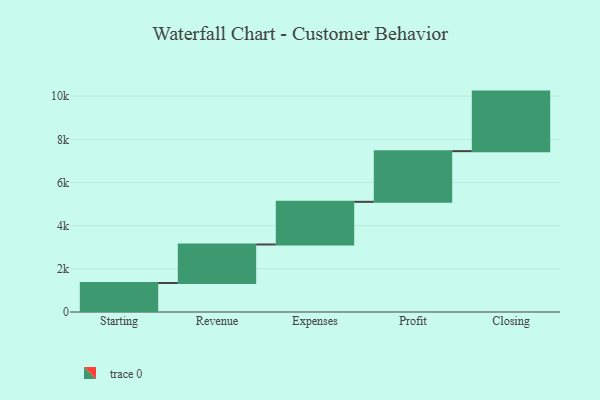
{"axis": {"x": "Step", "y": "Value"}, "legend": [""], "data": [{"x": "Starting", "y": 1344.0, "type": ""}, {"x": "Revenue", "y": 1784.0, "type": ""}, {"x": "Expenses", "y": 1976.0, "type": ""}, {"x": "Profit", "y": 2348.0, "type": ""}, {"x": "Closing", "y": 2759.0, "type": ""}]}